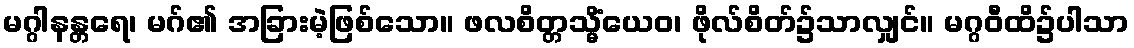
မဂ္ဂါနန္တရေ၊ မဂ်၏ အခြားမဲ့ဖြစ်သော။ ဖလစိတ္တသ္မိံယေဝ၊ ဖိုလ်စိတ်၌သာလျှင်။ မဂ္ဂဝီထိ၌ပါသာ